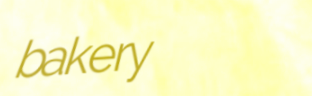
bakery